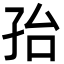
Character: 孡